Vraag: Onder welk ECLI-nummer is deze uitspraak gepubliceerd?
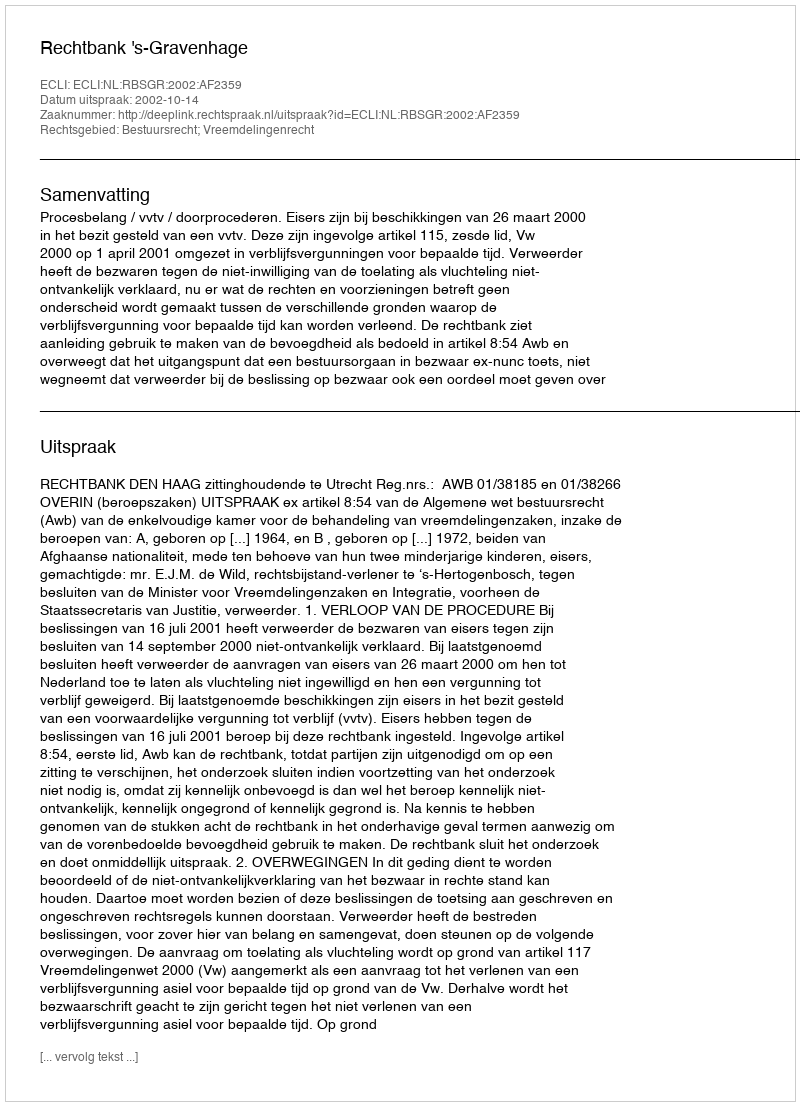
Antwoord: ECLI:NL:RBSGR:2002:AF2359